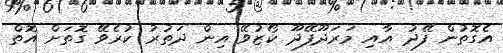
އެގޮތުން ފޭދު އާއި މަރަދޫފޭދޫ ކޯޒުވޭ އިން ދަތުރު ކުރެވޭ ގޮތަށް އޮތް